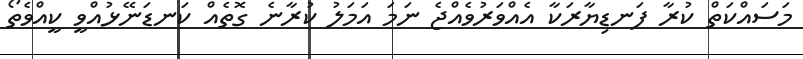
މަސައްކަތް ކުރާ ފަނޑިޔާރަކާ އެއްވަރުވެއްޖެ ނަމަ އަމަލު ކުރާނެ ގޮތެއް ކަނޑަނޭޅުއްވީ ކީއްވެތޯ